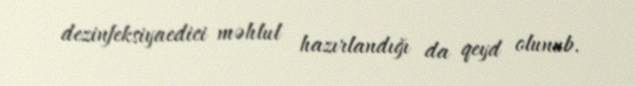
dezinfeksiyaedici məhlul hazırlandığı da qeyd olunub.